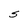
Character: S